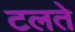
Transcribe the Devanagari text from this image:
टलते